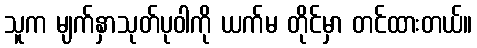
သူက မျက်နှာသုတ်ပုဝါကို ယက်မ တိုင်မှာ တင်ထားတယ်။